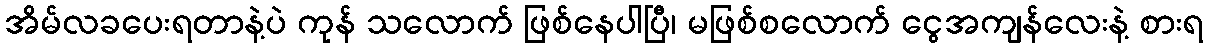
အိမ်လခပေးရတာနဲ့ပဲ ကုန် သလောက် ဖြစ်နေပါပြီ၊ မဖြစ်စလောက် ငွေအကျန်လေးနဲ့ စားရ